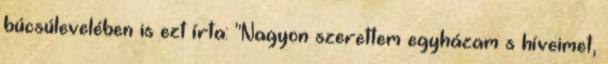
búcsúlevelében is ezt írta: "Nagyon szerettem egyházam s híveimet,